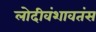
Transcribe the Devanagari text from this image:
लोदीवंशावतंस